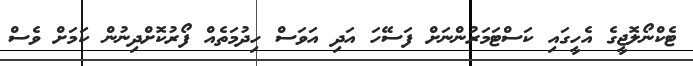
ޓެކްނޯލޮޖީގެ އެހީގައި ކަސްޓަމަރުންނަށް ފަސޭހަ އަދި އަވަސް ހިދުމަތެއް ފޯރުކޮށްދިނުން ކަމަށް ވެސް